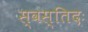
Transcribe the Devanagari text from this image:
स्वस्तिदः